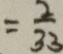
= \frac { 2 } { 3 3 }